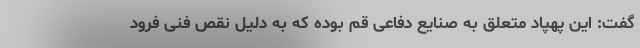
گفت: این پهپاد متعلق به صنایع دفاعی قم بوده که به دلیل نقص فنی فرود